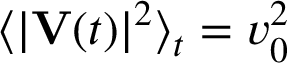
\langle | \mathbf { V } ( t ) | ^ { 2 } \rangle _ { t } = v _ { 0 } ^ { 2 }